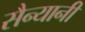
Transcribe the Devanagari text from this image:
सैन्यानी